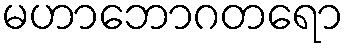
မဟာဘောဂတရော